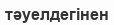
тәуелдегінен